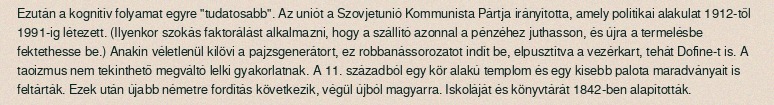
Ezután a kognitív folyamat egyre "tudatosabb". Az uniót a Szovjetunió Kommunista Pártja irányította, amely politikai alakulat 1912-től 1991-ig létezett. (Ilyenkor szokás faktorálást alkalmazni, hogy a szállító azonnal a pénzéhez juthasson, és újra a termelésbe fektethesse be.) Anakin véletlenül kilövi a pajzsgenerátort, ez robbanássorozatot indít be, elpusztítva a vezérkart, tehát Dofine-t is. A taoizmus nem tekinthető megváltó lelki gyakorlatnak. A 11. századból egy kör alakú templom és egy kisebb palota maradványait is feltárták. Ezek után újabb németre fordítás következik, végül újból magyarra. Iskoláját és könyvtárát 1842-ben alapították.